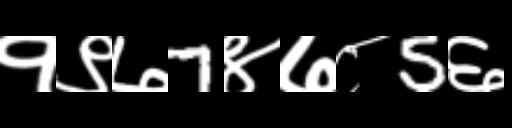
Text: १९७7४७८5६